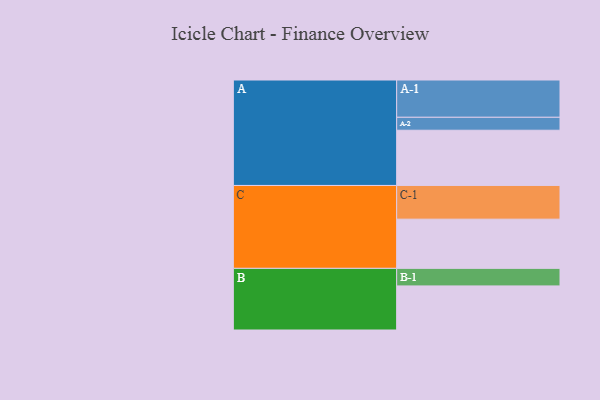
{"axis": {"x": "Segment", "y": "Value"}, "legend": ["", "A", "B", "C"], "data": [{"x": "A", "y": 431, "type": ""}, {"x": "B", "y": 344, "type": ""}, {"x": "C", "y": 384, "type": ""}, {"x": "A-1", "y": 291, "type": "A"}, {"x": "A-2", "y": 101, "type": "A"}, {"x": "B-1", "y": 137, "type": "B"}, {"x": "C-1", "y": 263, "type": "C"}]}